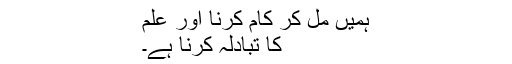
ہمیں مل کر کام کرنا اور علم
کا تبادلہ کرنا ہے۔